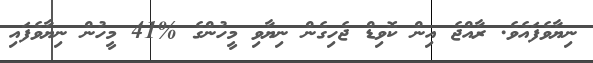
ނިޔާވެފައެވެ. ރާއްޖެ އިން ކޮވިޑް ޖެހިގެން ނިޔާވި މީހުންގެ %41 މީހުން ނިޔާވެފައި